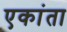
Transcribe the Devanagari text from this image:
एकांता